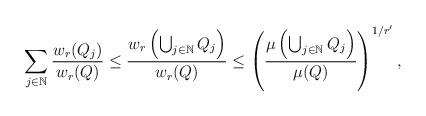
LaTeX: \begin{align*}\sum_{j\in\mathbb{N}}\frac{w_r(Q_j)}{w_r(Q)}\leq \frac{w_r\left(\bigcup_{j\in\mathbb{N}}Q_j\right)}{w_r(Q)}\leq \left(\frac{\mu\left(\bigcup_{j\in\mathbb{N}}Q_j\right)}{\mu(Q)}\right)^{1/r'},\end{align*}